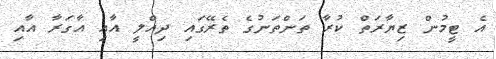
އެ ޓީމުން ޒިޔާރަތް ކުރާ ތަންތަނުގެ ތެރޭގައި ދިއްލީ އާއި އާގަރާ އާއި